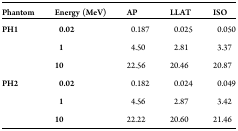
| Phantom | Energy (MeV) | AP | LLAT | ISO |
 | --- | --- | --- | --- | --- |
 | PH1 | 0.02 | 0.187 | 0.025 | 0.050 |
 |  | 1 | 4.50 | 2.81 | 3.37 |
 |  | 10 | 22.56 | 20.46 | 20.87 |
 | PH2 | 0.02 | 0.182 | 0.024 | 0.049 |
 |  | 1 | 4.56 | 2.87 | 3.42 |
 |  | 10 | 22.22 | 20.60 | 21.46 |